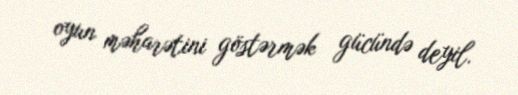
oyun məharətini göstərmək gücündə deyil.